Report on sanitation, dispensaries, and jails in Rajputana for 1911, and on vaccination for the year 1911-1912 - 1911-1912
Year: 1911
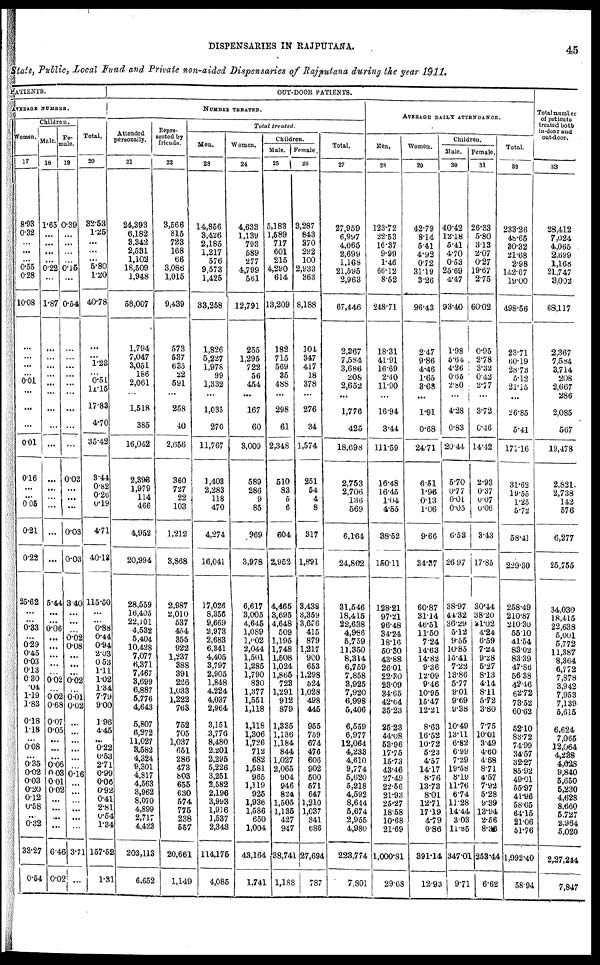
DISPENSARIES IN RAJPUTANA.
45
State, Public, Local Fund and Private non-aided Dispensaries of Rajpuiana during the year 1911.
PATIENTS.
AVERAGE NUMBER.
Women.
17
8.93
0.32
...
...
...
0.55
0.28
10.08
...
...
...
...
0.01
...
...
...
0.01
0.16
...
...
0.05
0.21
0.22
25.62
...
...
0.33
...
0.29
0.45
0.03
0.13
0.30
.04
1.19
1.83
0.18
1.18
...
0.08
...
0.35
0.02
0.03
0.20
0.12
0.58
...
0.32
33.27
0.54
Children.
Male.
18
1.65
...
...
...
...
0.22
...
1.87
...
...
...
...
...
...
...
...
...
...
...
...
...
...
...
5.44
...
...
0.06
...
...
...
...
...
0.02
...
0.02
0.68
0.07
0.05
...
...
...
0.06
0.03
0.01
0.02
...
...
...
...
6.46
0.02
Fe-
male.
19
0.39
...
...
...
...
0.15
...
0.54
...
...
...
...
...
...
...
...
...
0.03
...
...
...
0.03
0.03
3.40
...
...
...
0.02
0.08
...
...
...
0.02
...
0.01
0.02
...
...
...
...
...
...
0.16
...
...
...
...
...
...
3.71
...
Total.
20
32.63
1.25
...
...
...
5.80
1.20
40.78
...
...
1.23
... 0.51
11.15
17.83
4.70
35.42
3.44
0.82
0.26
0.19
4.71
40.13
115.50
...
... 0.88
0.44
0.94
2.03
0.53
1.11
1.02
1.34
7.79
9.00
1.96
4.45
...
0.22
0.53
2.71
0.99
0.06
0.92
0.41
2.81
0.54
1.34
157.52
1.31
OUT-DOOR PATIENTS.
NUMBER TREATED.
Attended
personally.
21
24,393
6,182
8,342
2,531
1,102
18,509
1,948
58,007
1,794
7,047
3,051
186
2,061
...
1,518
385
16,042
2,393
1,979
114
466
4,952
20,994
28,559
16,405
22,101
4,532
5,404
10,428
7,077
6,371
7,467
3,699
6,887
5,776
4,643
5,807
6,272
11,027
3,582
4,324
9,301
4,817
4,563
3,962
8,070
4,899
2,717
4,423
203,113
6,652
Repre¬
sented by
friends
22
3,566
815
723
168
66
3,086
1,015
9,439
573
537
635
22
591
...
258
40
2,656
360
727
22
103
1,212
3,868
2,987
2,010
537
454
355
922
1,237
388
391
226
1,033
1,222
763
752
705
1,037
651
286
473
803
655
630
574
775
238
557
20,661
1,149
Total
treated.
Men.
23
14,856
3,426
2,185
1,217
576
9,573
1,425
33,258
1,826
5,227
1,978
99
1,332
...
1,035
270
11,767
1,408
2,283
118
470
4,274
16,041
17,026
8,356
9,669
2,973
2,683
6,341
4,405
3,797
2,905
1,848
4,224
4,037
2,964
3,151
3,776
8,480
2,201
2,295
5,226
3,251
2,582
2,196
3,993
1,916
1,537
2,343
114,175
4,085
Women.
24
4,633
1,139
793
589
277
4,799
561
12,791
255
1,295
722
56
454
...
167
60
3,009
589
286
9
85
969
3,978
6,617
3,005
4,645
1,089
1,002
2,044
1,501
1,285
1,790
830
1.377
1,551
1,118
1,118
1,306
1,726
712
682
1,581
965
1,119
925
1,936
1,586
650
1,004
43,164
1,741
Children.
Male.
25
5,183
1,589
717
601
215
4,290
614
13,209
182
715
569
35
488
...
298
61
2,348
510
83
5
6
604
2,952
4,465
3,695
4,648
509
1,195
1,748
1,508
1,024
1,865
723
1,291
912
879
1,335
1,136
1,184
844
1,027
2,065
904
946
824
1,505
1,135
427
947
38,741
1,188
Female.
26
3,287
843
370
292
100
2,933
363
8,188
104
347
417
18
378
...
276
34
1,574
251
54
4
8
317
1,891
3,438
3,359
3,676
415
879
1,217
900
653
1,298
524
1,028
498
446
956
759
674
476
606
902
500
571
647
1,210
1,037
341
686
27,694
787
Total.
27
27,959
6,997
4,065
2,699
1,168
21,595
2,963
67,446
2,367
7,584
3,686
208
2,652
...
1,776
425
18,698
2,753
2,706
186
569
6,164
24,862
31,546
18,415
22,638
4,986
6,759
11,350
8,314
6,759
7,858
8,925
7,920
6,998
5,406
6,559
6,977
12,064
4,233
4,610
9,774
5,620
5,218
4,592
8,644
5,674
2,955
4,980
223,774
7,801
AVERAGE DAILY ATTENDANCE.
Men.
28
123.72
22.53
16.37
9.99
1.46
66.12
8.52
248.71
18.31
41.91
16.69
2.40
11.90
...
16.94
3.44
111.59
16.48
16.45
1.04
4.55
38.52
150.11
128.21
97.21
96.48
34.24
18.16
50.30
43.88
26.01
22.30
23.09
34.65
42.64
35.23
25.23
44.08
53.96
17.75
15.73
43.46
27.49
22.56
21.93
25.27
18.58
10.68
21.69
1,000.81
29.68
Women.
29
42.79
8.14
5.41
4.92
0.72
31.19
3.26
96.43
2.47
9.86
4.46
1.65
3.68
...
1.91
0.68
24.71
6.51
1.96
0.13
1.06
9.66
34.37
60.87
31.14
46.51
11.50
7.24
14.63
14.82
9.36
12.09
9.46
10.95
15.47
12.21
8.63
16.52
10.72
5.23
4.57
14.17
8.76
13.73
8.01
12.71
17.19
4.79
9.86
391.14
12.93
Children.
Male.
30
40.42
12.18
5.41
4.70
0.53
25.69
4.47
93.40
1.98
5.64
4.26
0.65
2.80
...
4.28
0.83
20.44
5.70
0.77
0.01
0.05
6.53
26.97
38.97
44.32
36.29
5.12
9.55
10.85
15.41
7.22
13.86
5.77
9.01
9.69
9.38
10.49
13.11
6.82
6.99
7.29
19.58
8.19
11.76
6.74
11.28
14.44
3.03
11.85
347.01
9.71
Female.
31
26.33
5.80
3.13
2.07
0.27
19.67
2.75
60.02
0.95
2.78
3.32
0.42
2.77
...
3.72
0.46
14.12
2.93
0.37
0.07
0.06
3.43
17.85
30.44
38.20
31.02
4.24
6.59
7.24
9.28
5.27
8.13
4.14
8.11
5.72
3.80
7.75
10.01
3.49
4.60
4.68
8.71
4.57
7.92
5.28
9.39
13.94
2.56
8.36
253.44
6.62
Total.
32
233.26
48.65
30.32
21.68
2.98
142.67
19.00
498.56
23.71
60.19
28.73
5.12
21.15
...
26.85
5.41
171.16
31.62
19.55
1.25
5.72
58.41
229.30
258.49
210.87
210.30
55.10
41.54
83.02
83.39
47.86
56.38
42.46
62.72
73.52
60.62
52.10
83.72
74.99
34.57
32.27
85.92
49.01
55.97
41.96
58.65
64.15
21.06
51.76
1,992.40
58.94
Total number
of patients
treated both
In-door and
out-door.
33
28,412
7,024
4,065
2,699
1,168
21,747
3,002
68,117
2,367
7,584
3,714
208
2,667
286
2,085
567
19,478
2.821
2,738
142
576
6,277
25,755
34,030
18,415
22,638
5,001
5,772
11,387
8,364
6,772
7,878
3,942
7,953
7,139
5,615
6,624
7,065
12,064
4,238
4,628
9,840
5,650
5,230
4,628
8,660
5,727
2,964
5,020
2,27,244
7,847